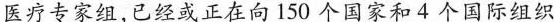
医疗专家组，已经或正在向150个国家和4个国际组织